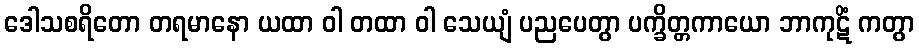
ဒေါသစရိတော တရမာနော ယထာ ဝါ တထာ ဝါ သေယျံ ပညပေတွာ ပက္ခိတ္တကာယော ဘာကုဋိံ ကတွာ